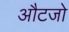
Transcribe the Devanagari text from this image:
औटजो